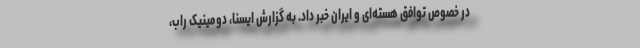
در خصوص توافق هسته‌ای و ایران خبر داد. به گزارش ایسنا، دومینیک راب،